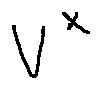
V ^ { x }